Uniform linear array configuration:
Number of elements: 8
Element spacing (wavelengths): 1
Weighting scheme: exponential
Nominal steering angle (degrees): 0
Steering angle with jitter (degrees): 0.1983
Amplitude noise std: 0.05
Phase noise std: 0.05

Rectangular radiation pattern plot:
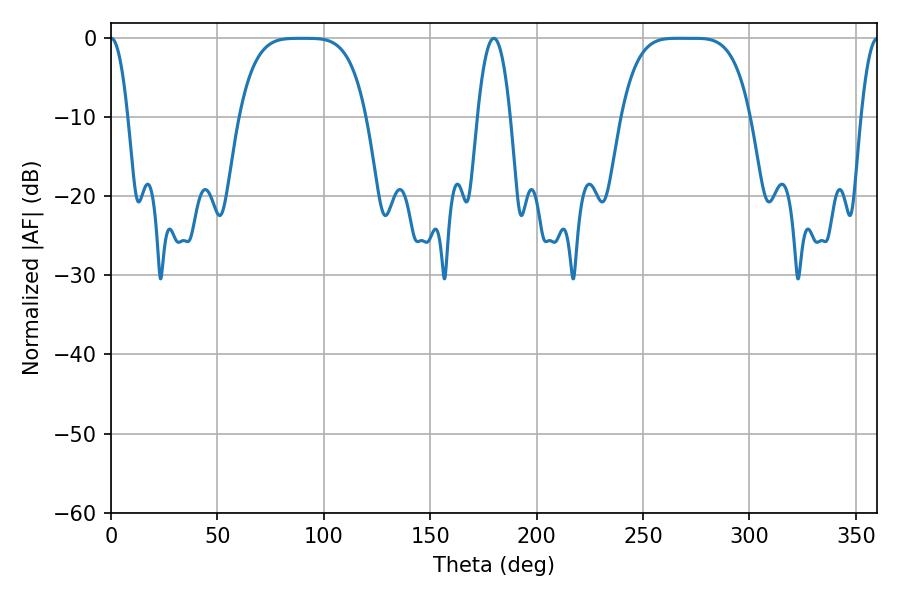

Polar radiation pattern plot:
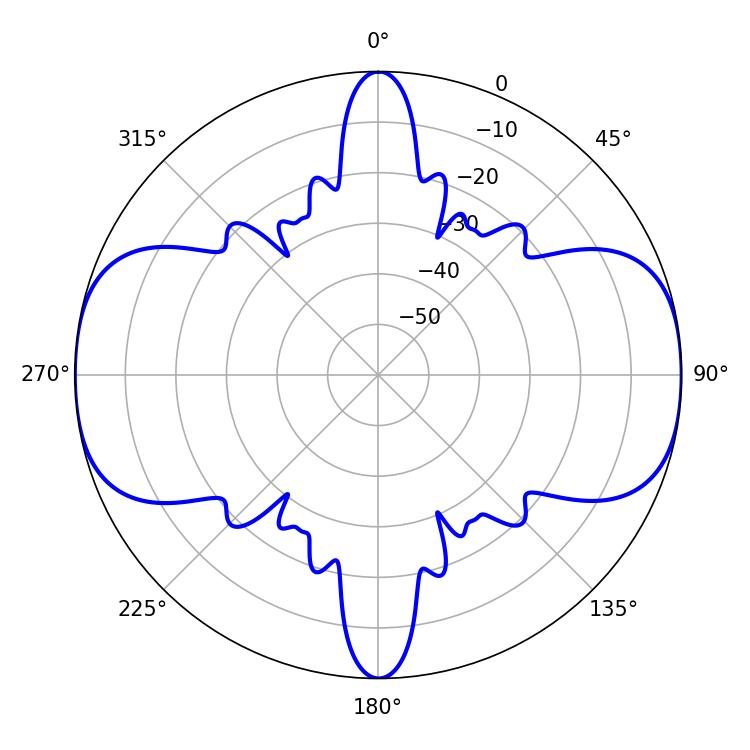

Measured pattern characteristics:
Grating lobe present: TRUE
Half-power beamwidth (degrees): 45.36
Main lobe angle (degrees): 266.4